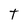
Character: t